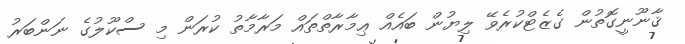
ޤާނޫނީގޮތުން ގެޒެޓްކުރެވޭ ލިޔުން ބައެއް ޢިމާރާތްތައް މަރާމާތު ކުރަން މި ސްކޫލުގެ ނަންބަރު